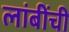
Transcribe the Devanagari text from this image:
लांबींची